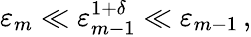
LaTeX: \varepsilon_{m}\ll\varepsilon_{m-1}^{1+\delta}\ll\varepsilon_{m-1}\, ,